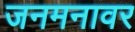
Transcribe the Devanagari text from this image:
जनमनावर